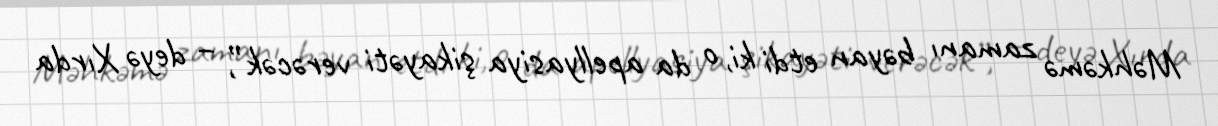
Məhkəmə zamanı bəyan etdi ki, o da apellyasiya şikayəti verəcək”, – deyə Xırda